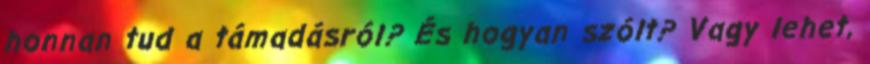
honnan tud a támadásról? És hogyan szólt? Vagy lehet,